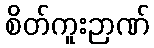
စိတ်ကူးဉာဏ်